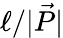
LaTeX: \ell/|\vec{P}|